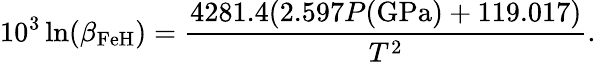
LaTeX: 10^{3}\ln(\beta_{\mathrm{FeH}})=\frac{4281.4(2.597P(\mathrm{GPa})+119.017)}{T^{2}}.